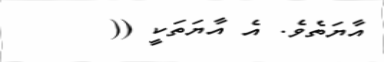
އާޔަތެވެ. އެ އާޔަތަކީ ((